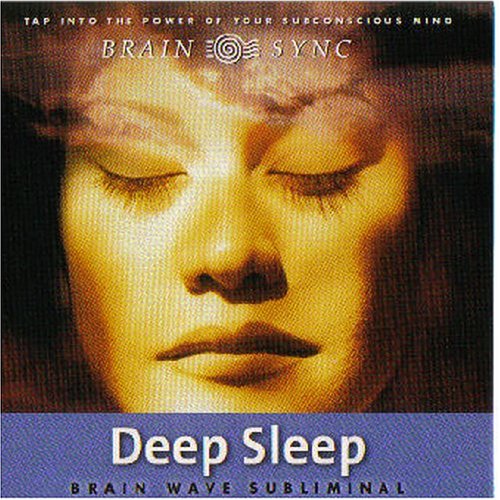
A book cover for Deep Sleep: Brain Wave Subliminal (Brain Sync Series) (Brain Sync Audios); Health, Fitness & Dieting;